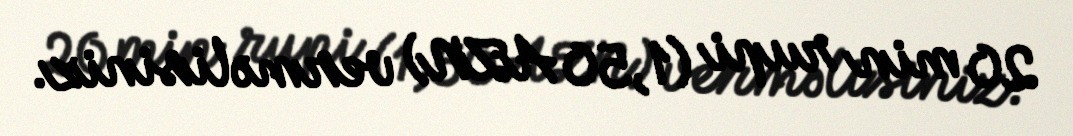
20 min rupi (1,50 AZN) verməlisiniz.